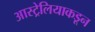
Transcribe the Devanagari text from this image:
आस्ट्रेलियाकडून